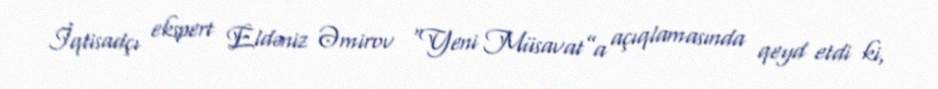
İqtisadçı ekspert Eldəniz Əmirov “Yeni Müsavat”a açıqlamasında qeyd etdi ki,